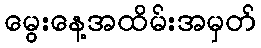
မွေးနေ့အထိမ်းအမှတ်